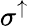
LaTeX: \sigma^{\uparrow}